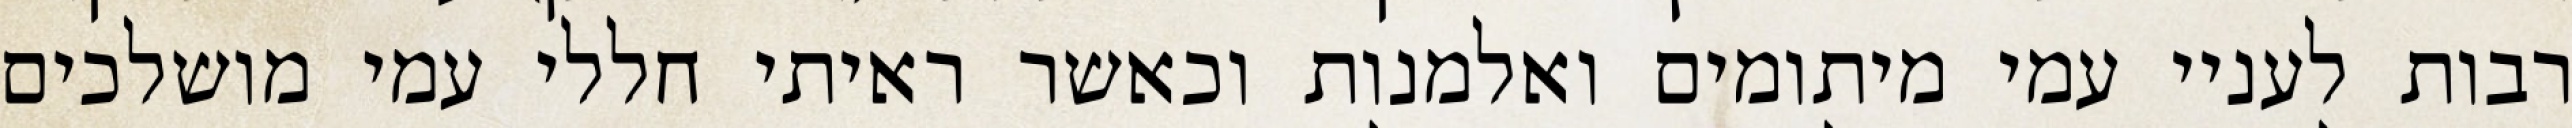
רבות לעניי עמי מיתומים ואלמנות וכאשר ראיתי חללי עמי מושלכים